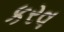
કરવ